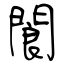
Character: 閬